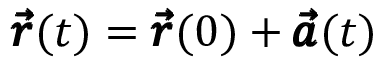
\pmb { \vec { r } } ( t ) = \pmb { \vec { r } } ( 0 ) + \pmb { \vec { a } } ( t )